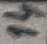
Text: 14